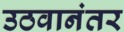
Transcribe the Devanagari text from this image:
उठवानंतर